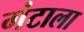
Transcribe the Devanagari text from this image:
गंटाला